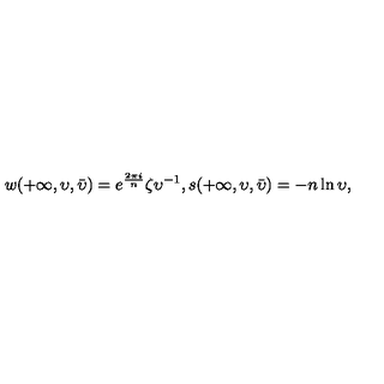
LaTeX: w ( + \infty , \upsilon , \bar { \upsilon } ) = e ^ { \frac { 2 \pi i } { n } } \zeta { \upsilon } ^ { - 1 } , s ( + \infty , \upsilon , \bar { \upsilon } ) = - n \ln { \upsilon } ,